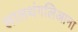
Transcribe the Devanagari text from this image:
लालथंगलिआना